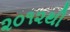
૨૦૧૨થી